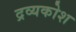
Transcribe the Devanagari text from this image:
द्रव्यकोश